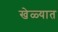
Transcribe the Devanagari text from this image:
खेळ्यात